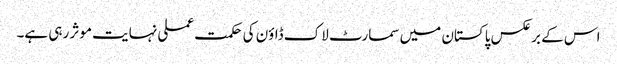
اس کے برعکس پاکستان میں سمارٹ لاک ڈاؤن کی حکمت عملی نہایت موثر رہی ہے۔